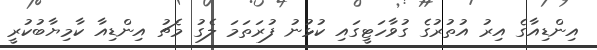
އިންޑިއާގެ އިރު އުތުރުގެ ގުވާހަޓީގައި ކުޅުނު ފުރަތަމަ ލެގު މެޗު އިންޑިއާ ކާމިޔާބުކުރީ